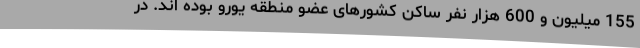
155 میلیون و 600 هزار نفر ساکن کشورهای عضو منطقه یورو بوده اند. در